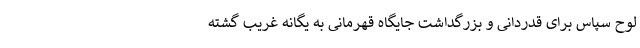
لوح سپاس برای قدردانی و بزرگداشت جایگاه قهرمانی به یگانه غریب گشته